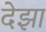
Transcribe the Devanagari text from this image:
देझा